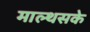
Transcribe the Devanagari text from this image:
माल्थसके